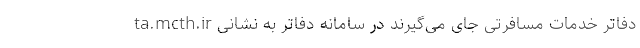
دفاتر خدمات مسافرتی جای می‌گیرند در سامانه دفاتر به نشانی ta.mcth.ir